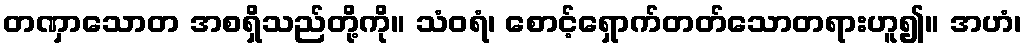
တဏှာသောတ အစရှိသည်တို့ကို။ သံဝရံ၊ စောင့်ရှောက်တတ်သောတရားဟူ၍။ အဟံ၊